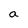
Character: a